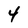
Character: 4